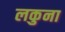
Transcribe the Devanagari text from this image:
लकुना